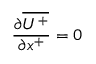
\frac { \partial \overline { { U ^ { + } } } } { \partial x ^ { + } } = 0